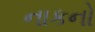
નાકનો